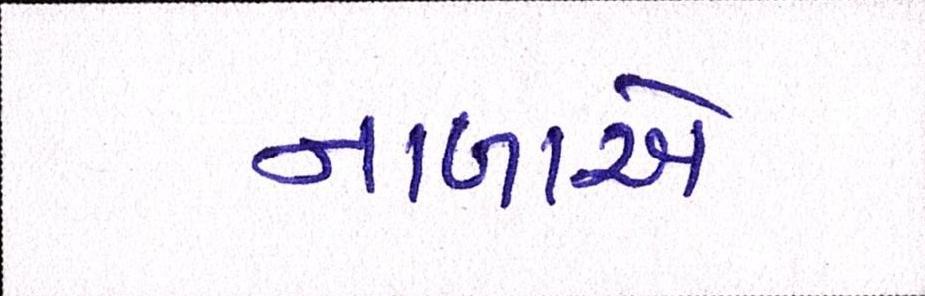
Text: નાળાઓ